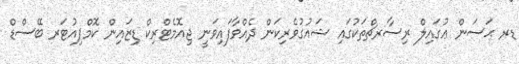
ޑރ ޙަސަން ޢުގައިލް ރިސާރޗްތަކުގައި ޝައުގުވެރިކަން ދެއްވާފައިވަނީ ޖިއޮމެޓްރިކް ޑިޒައިން ކޮމްޕިއުޓަރ ބޭސްޑް